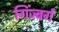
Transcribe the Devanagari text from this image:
गिंज्बर्ग